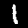
Label: 1